Document type: Sale
Year: 1355
Scribe: Pere Borrell
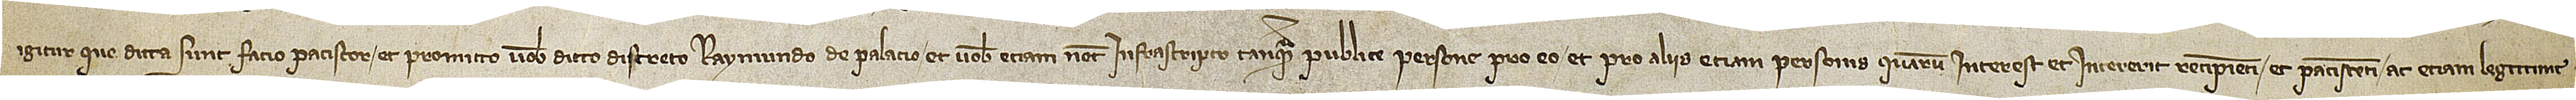
igitur que dicta sunt facio, paciscor et promitto vobis dicto discreto Raymundo de Palacio et vobis etiam notario infrascripto tanquam publice persone pro eo et pro aliis etiam personis quarum interest et intererit recipienti et paciscenti ac etiam legittime